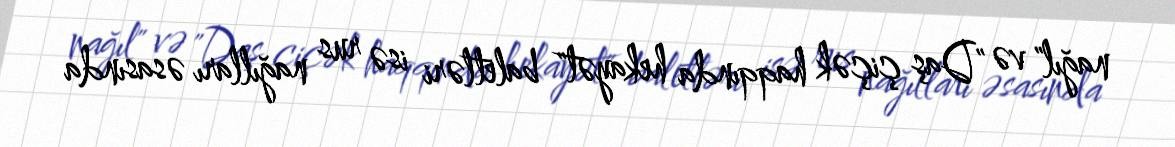
nağıl" və "Daş çiçək haqqında hekayət" baletləri isə rus nağılları əsasında